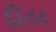
ડીલ